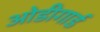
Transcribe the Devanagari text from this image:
ओडीगार्ड